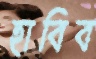
হাবিব